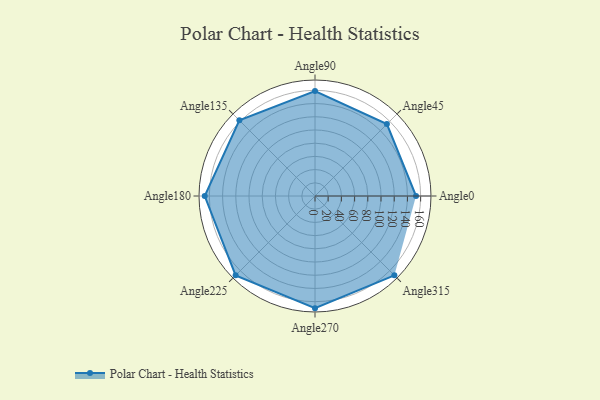
{"axis": {"x": "Angle", "y": "Radius"}, "legend": [""], "data": [{"x": "Angle0", "y": 153.0, "type": ""}, {"x": "Angle45", "y": 154.0, "type": ""}, {"x": "Angle90", "y": 159.0, "type": ""}, {"x": "Angle135", "y": 162.0, "type": ""}, {"x": "Angle180", "y": 167.0, "type": ""}, {"x": "Angle225", "y": 170, "type": ""}, {"x": "Angle270", "y": 170, "type": ""}, {"x": "Angle315", "y": 170, "type": ""}]}